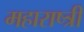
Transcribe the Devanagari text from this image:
महाराष्त्री